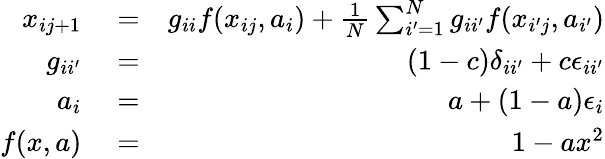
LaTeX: \begin{array}{rlr}{x_{ij+1}}&{{}=}&{g_{ii}f(x_{ij},a_{i})+\frac{1}{N}\sum_{i^{\prime}=1}^{N}g_{ii^{\prime}}f(x_{i^{\prime}j},a_{i^{\prime}})}\\ {g_{ii^{\prime}}}&{{}=}&{(1-c)\delta_{ii^{\prime}}+c\epsilon_{ii^{\prime}}}\\ {a_{i}}&{{}=}&{a+(1-a)\epsilon_{i}}\\ {f(x,a)}&{{}=}&{1-ax^{2}}\end{array}